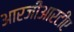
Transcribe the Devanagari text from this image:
आरजीआरटीए